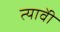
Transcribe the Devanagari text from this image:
त्यावेी